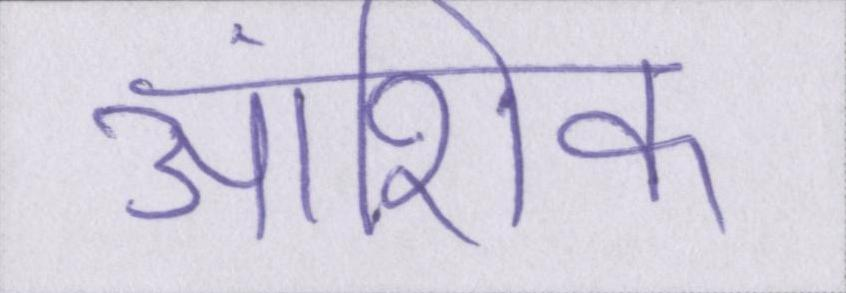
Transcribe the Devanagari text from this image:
आंशिक